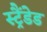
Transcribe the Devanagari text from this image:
स्ट्रैंडेड